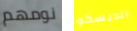
نومهم الديسكو